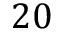
2 0